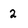
Character: 2